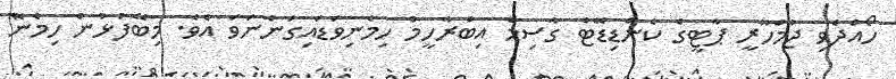
ހޯއްދެވި ޖުމްހޫރީ ޕާޓީގެ ކެންޑިޑޭޓް ގާސިމް އިބްރާހީމް ހިމެނިވަޑައިގަންނަވަ އެވެ. މިބޭފުޅުން ހިމެނޭ